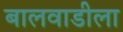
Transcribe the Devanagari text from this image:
बालवाडीला